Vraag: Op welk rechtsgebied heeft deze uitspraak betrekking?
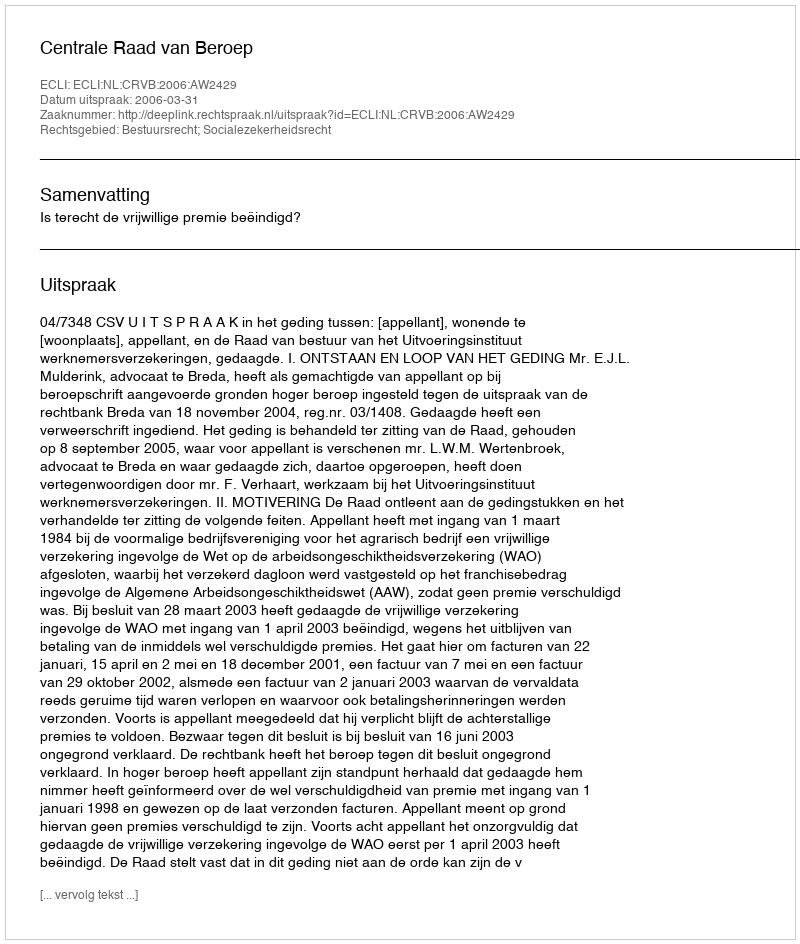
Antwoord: Bestuursrecht; Socialezekerheidsrecht